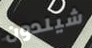
شيلدون